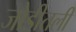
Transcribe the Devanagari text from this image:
जोडीतली